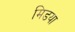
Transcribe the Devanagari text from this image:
मिडया